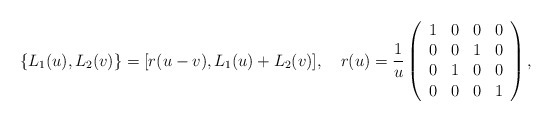
\begin{align*}\{L_1(u),L_2(v)\}=[r(u-v),L_1(u)+L_2(v)],\quad r(u)={1\over u}\left(\begin{array}{llll}1&0&0&0\\0&0&1&0\\0&1&0&0\\0&0&0&1\end{array}\right),\end{align*}